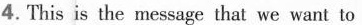
4. This is the message that we want to